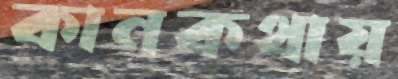
কানকথায়